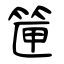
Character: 筪